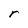
Character: r